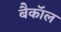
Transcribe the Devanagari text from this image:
बैकॉल